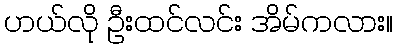
ဟယ်လို ဦးထင်လင်း အိမ်ကလား။